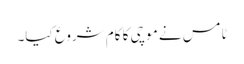
ٹامس نے موچی کا کام شروع کیا۔